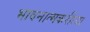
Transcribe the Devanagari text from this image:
भावनात्मकरीत्या